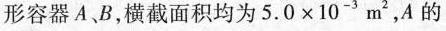
形容器A、B，横截面积均为$$5 . 0 × 1 0^{-3} m^{2}$$，A的